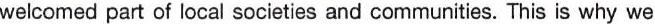
welcomed part of local societies and communities. This is why we